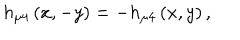
h _ { \mu 4 } \left( x , - y \right) = - h _ { \mu 4 } \left( x , y \right) ,